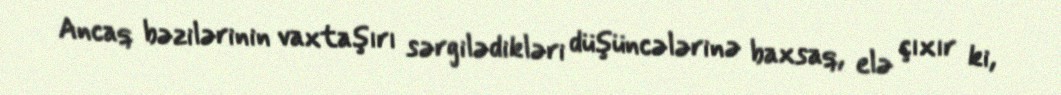
Ancaq bəzilərinin vaxtaşırı sərgilədikləri düşüncələrinə baxsaq, elə çıxır ki,